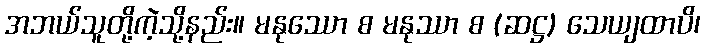
အဘယ်သူတို့ကဲ့သို့နည်း။ မနုဿော စ မနုဿာ စ (ဆဋ္ဌ) သေယျထာပိ၊